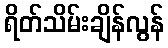
ရိတ်သိမ်းချိန်လွန်